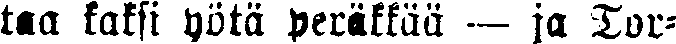
taa kaksi yötä peräkkää — ja Tor-